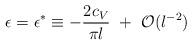
LaTeX: \begin{align*}\epsilon=\epsilon^{*}\equiv -{2c_V\over\pi l} ~+~{\cal O}(l^{-2})\end{align*}